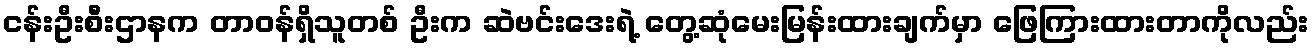
ငန်းဦးစီးဌာနက တာဝန်ရှိသူတစ် ဦးက ဆဲဗင်းဒေးရဲ့ တွေ့ဆုံမေးမြန်းထားချက်မှာ ဖြေကြားထားတာကိုလည်း